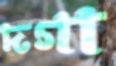
দগা